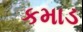
કમાડ